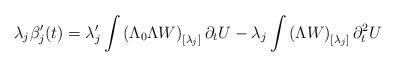
LaTeX: \begin{align*}\lambda_j\beta_j'(t)=\lambda_j' \int \left(\Lambda_0\Lambda W\right)_{[\lambda_j]}\partial_tU-\lambda_j \int \left( \Lambda W \right)_{[\lambda_j]}\partial_t^2U\end{align*}